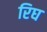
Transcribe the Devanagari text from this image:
रिघ